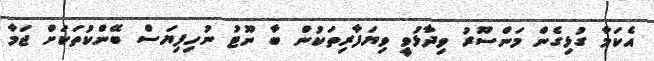
އެކަމާ ގުޅިގެން މަންސޫރު ވިދާޅުވީ ވިޔަފާރިތަކުން ބާ ނޫޓު ނުހިފިޔަސް ބޭންކުތަކަށް ޖަމާ